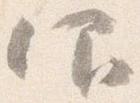
仰